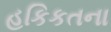
હકિકતના